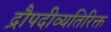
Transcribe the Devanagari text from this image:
द्रौपदीव्यतिरिक्त